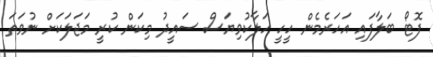
ފޮޓޯ ބަލާފައި އަހަރެމެން ހީހީ ހަލާކުވިޔަސް ސައީދު މިކަން ކުރީ މަޖަލަކަށް ނުވަތަ